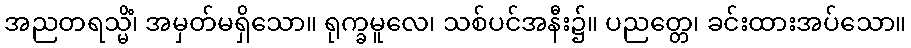
အညတရသ္မိံ၊ အမှတ်မရှိသော။ ရုက္ခမူလေ၊ သစ်ပင်အနီး၌။ ပညတ္တေ၊ ခင်းထားအပ်သော။